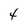
Character: 4